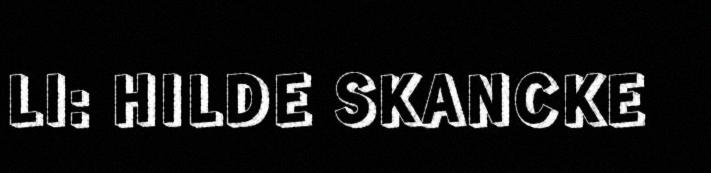
LI: HILDE SKANCKE